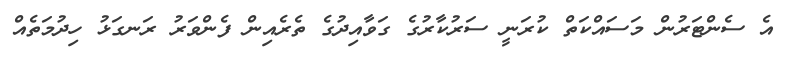
އެ ސެންޓަރުން މަސައްކަތް ކުރަނީ ސަރުކާރުގެ ގަވާއިދުގެ ތެރެއިން ފެންވަރު ރަނގަޅު ހިދުމަތެއް